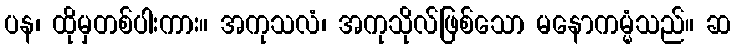
ပန၊ ထိုမှတစ်ပါးကား။ အကုသလံ၊ အကုသိုလ်ဖြစ်သော မနောကမ္မံသည်။ ဆ